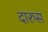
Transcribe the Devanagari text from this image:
दारुस